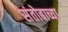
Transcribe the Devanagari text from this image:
संतोबाच्या